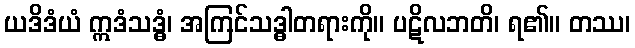
ယဒိဒံယံ ဣဒံသဒ္ဓံ၊ အကြင်သဒ္ဓါတရားကို။ ပဋိလဘတိ၊ ရ၏။ တဿ၊